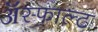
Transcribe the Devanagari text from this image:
ॲस्फाल्ट